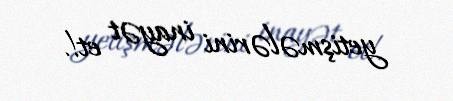
yetişmələrini inayət et!.